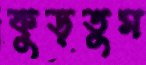
কুড়তুম